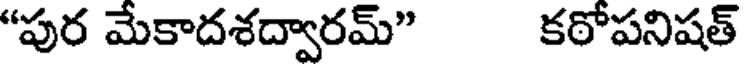
"పుర మేకాదశద్వారమ్" కఠోపనిషత్